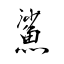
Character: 鯊